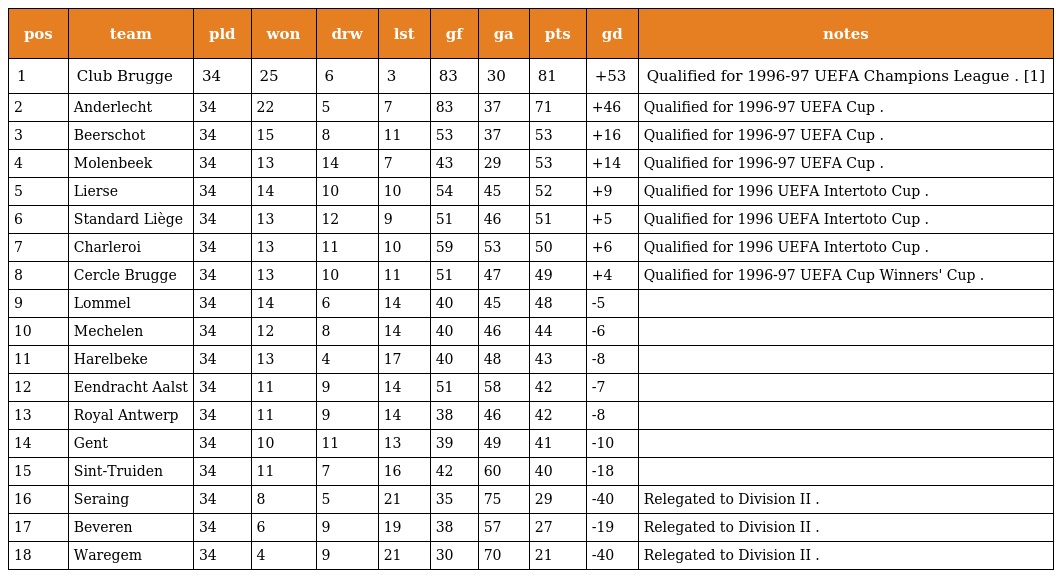
| pos | team | pld | won | drw | lst | gf | ga | pts | gd | notes |
 | --- | --- | --- | --- | --- | --- | --- | --- | --- | --- | --- |
 | 1 | Club Brugge | 34 | 25 | 6 | 3 | 83 | 30 | 81 | +53 | Qualified for 1996-97 UEFA Champions League . [1] |
 | 2 | Anderlecht | 34 | 22 | 5 | 7 | 83 | 37 | 71 | +46 | Qualified for 1996-97 UEFA Cup . |
 | 3 | Beerschot | 34 | 15 | 8 | 11 | 53 | 37 | 53 | +16 | Qualified for 1996-97 UEFA Cup . |
 | 4 | Molenbeek | 34 | 13 | 14 | 7 | 43 | 29 | 53 | +14 | Qualified for 1996-97 UEFA Cup . |
 | 5 | Lierse | 34 | 14 | 10 | 10 | 54 | 45 | 52 | +9 | Qualified for 1996 UEFA Intertoto Cup . |
 | 6 | Standard Liège | 34 | 13 | 12 | 9 | 51 | 46 | 51 | +5 | Qualified for 1996 UEFA Intertoto Cup . |
 | 7 | Charleroi | 34 | 13 | 11 | 10 | 59 | 53 | 50 | +6 | Qualified for 1996 UEFA Intertoto Cup . |
 | 8 | Cercle Brugge | 34 | 13 | 10 | 11 | 51 | 47 | 49 | +4 | Qualified for 1996-97 UEFA Cup Winners' Cup . |
 | 9 | Lommel | 34 | 14 | 6 | 14 | 40 | 45 | 48 | -5 |  |
 | 10 | Mechelen | 34 | 12 | 8 | 14 | 40 | 46 | 44 | -6 |  |
 | 11 | Harelbeke | 34 | 13 | 4 | 17 | 40 | 48 | 43 | -8 |  |
 | 12 | Eendracht Aalst | 34 | 11 | 9 | 14 | 51 | 58 | 42 | -7 |  |
 | 13 | Royal Antwerp | 34 | 11 | 9 | 14 | 38 | 46 | 42 | -8 |  |
 | 14 | Gent | 34 | 10 | 11 | 13 | 39 | 49 | 41 | -10 |  |
 | 15 | Sint-Truiden | 34 | 11 | 7 | 16 | 42 | 60 | 40 | -18 |  |
 | 16 | Seraing | 34 | 8 | 5 | 21 | 35 | 75 | 29 | -40 | Relegated to Division II . |
 | 17 | Beveren | 34 | 6 | 9 | 19 | 38 | 57 | 27 | -19 | Relegated to Division II . |
 | 18 | Waregem | 34 | 4 | 9 | 21 | 30 | 70 | 21 | -40 | Relegated to Division II . |